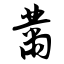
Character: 黹